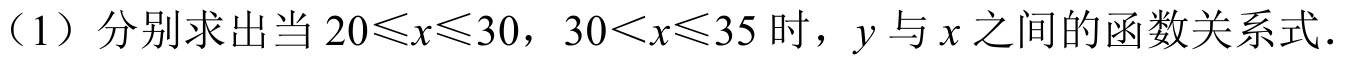
（1）分别求出当 \(20\leqslant x\leqslant30\)，\(30<x\leqslant35\) 时，\(y\) 与 \(x\) 之间的函数关系式．